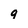
Character: q